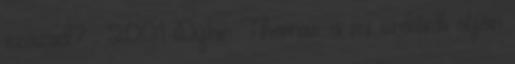
század? , 2001 Dylan Thomas: a mi erdőnk alján